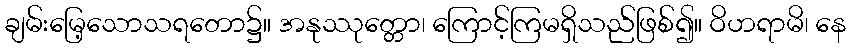
ချမ်းမြေ့သောသရတော၌။ အနုဿုတ္တော၊ ကြောင့်ကြမရှိသည်ဖြစ်၍။ ဝိဟရာမိ၊ နေ